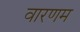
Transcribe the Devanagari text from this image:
वारणम